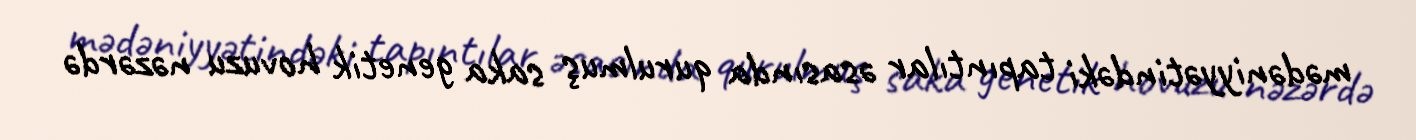
mədəniyyətindəki tapıntılar əsasında qurulmuş saka genetik hovuzu nəzərdə